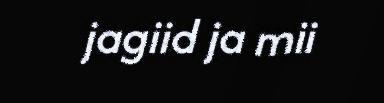
jagiid ja mii